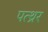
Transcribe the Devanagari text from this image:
पत्थ्रर